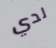
لدي